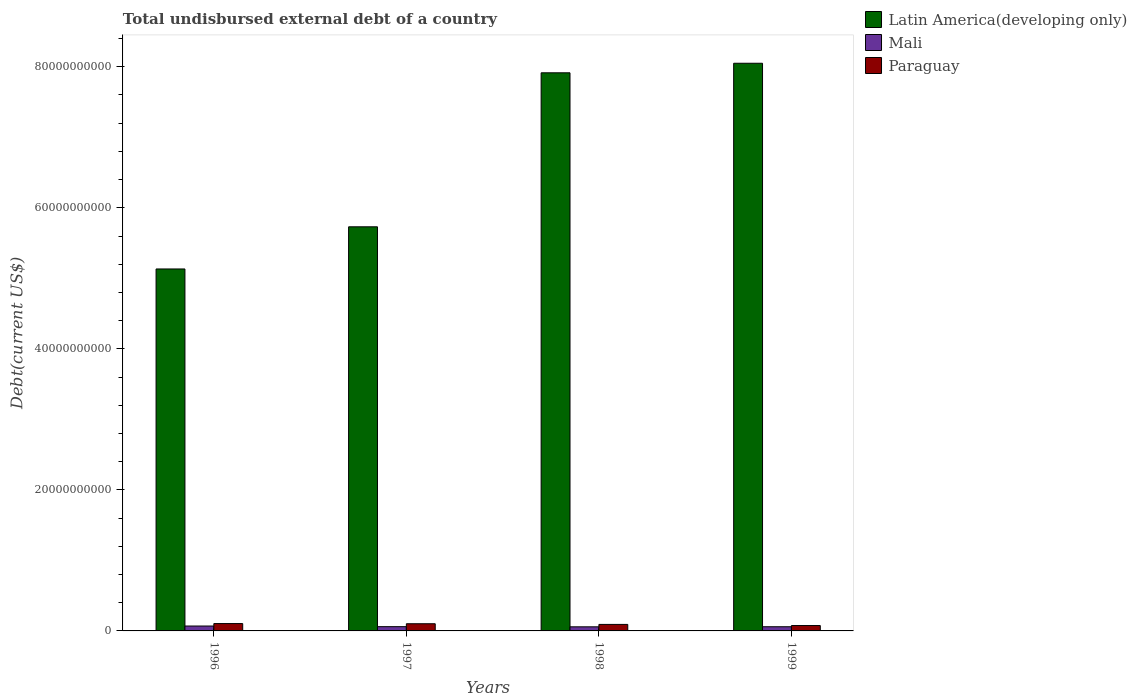
| Years | Latin America(developing only) | Mali | Paraguay |
 | --- | --- | --- | --- |
 | 1996 | 5.13e+10 | 6.94e+08 | 1.04e+09 |
 | 1997 | 5.73e+10 | 6.03e+08 | 1.02e+09 |
 | 1998 | 7.91e+10 | 5.82e+08 | 9.22e+08 |
 | 1999 | 8.05e+10 | 5.93e+08 | 7.64e+08 |